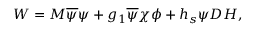
W = M \overline { { { \psi } } } \psi + g _ { 1 } \overline { { { \psi } } } \chi \phi + h _ { s } \psi D H ,